Bréfritari: Malene Jensdóttir
Viðtakandi: Páll Pálsson
Dagsetning: A-1817-12-26
Skrifað á: Hallfreðarstöðum  N-Múl.

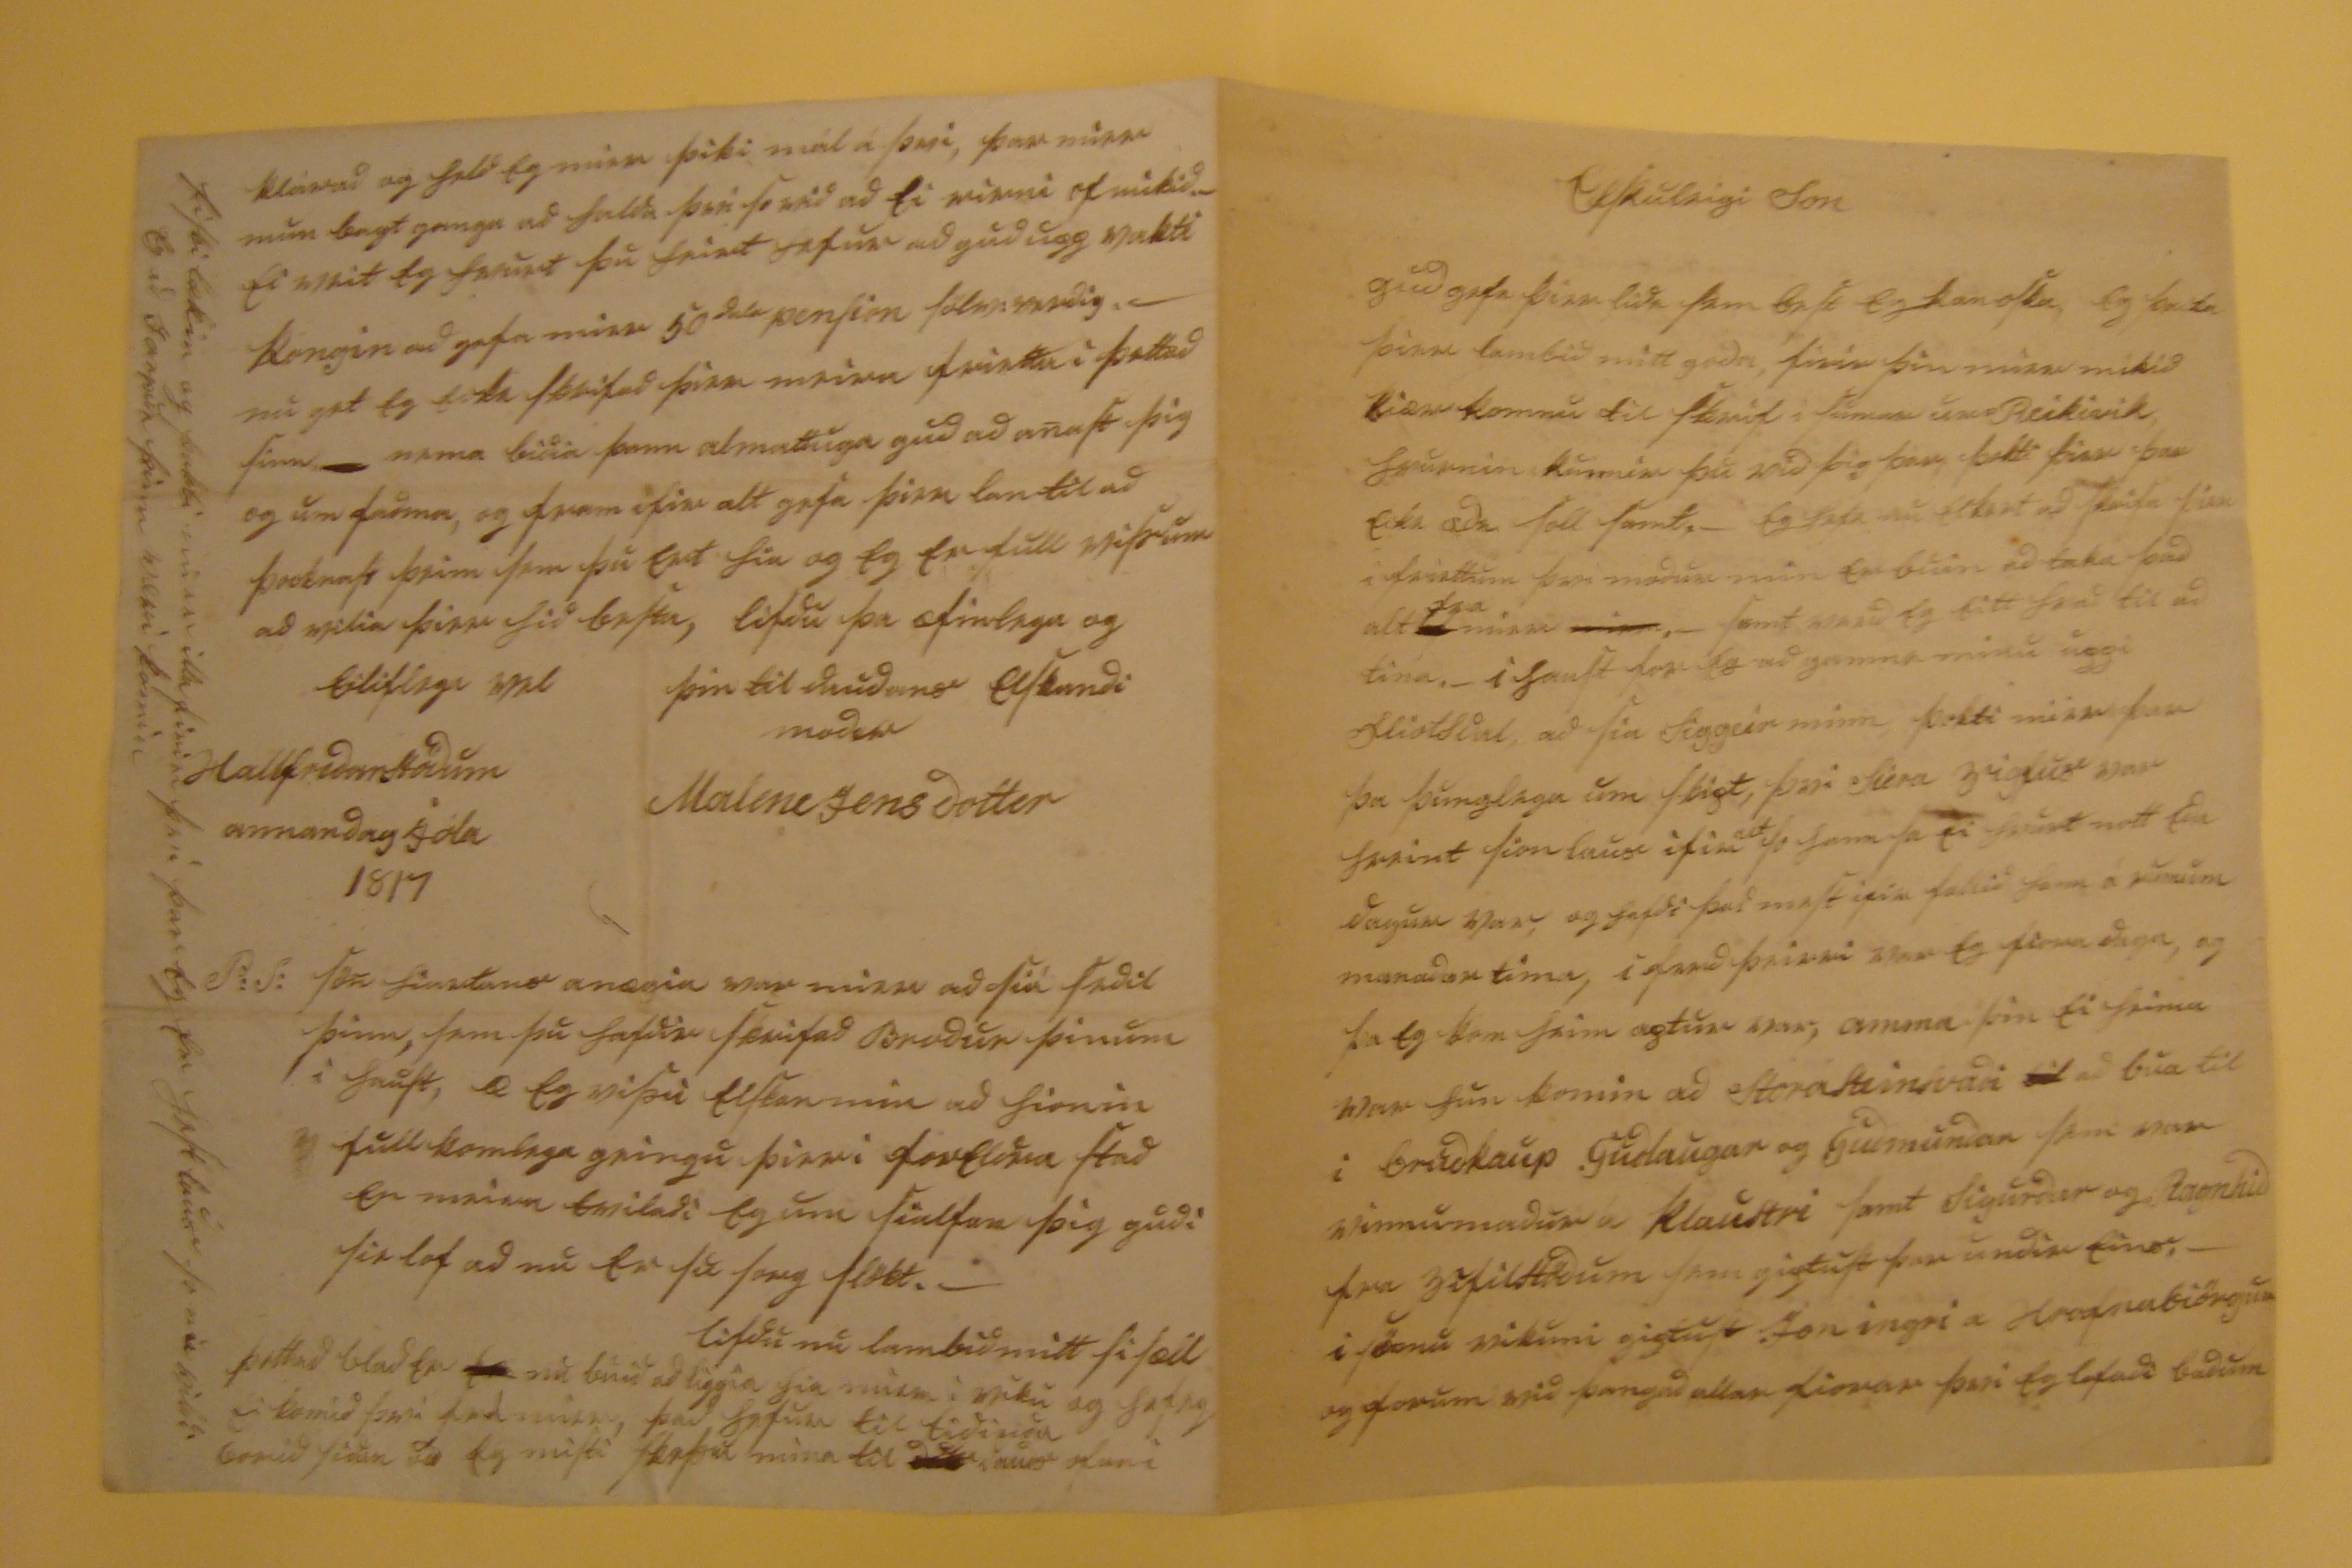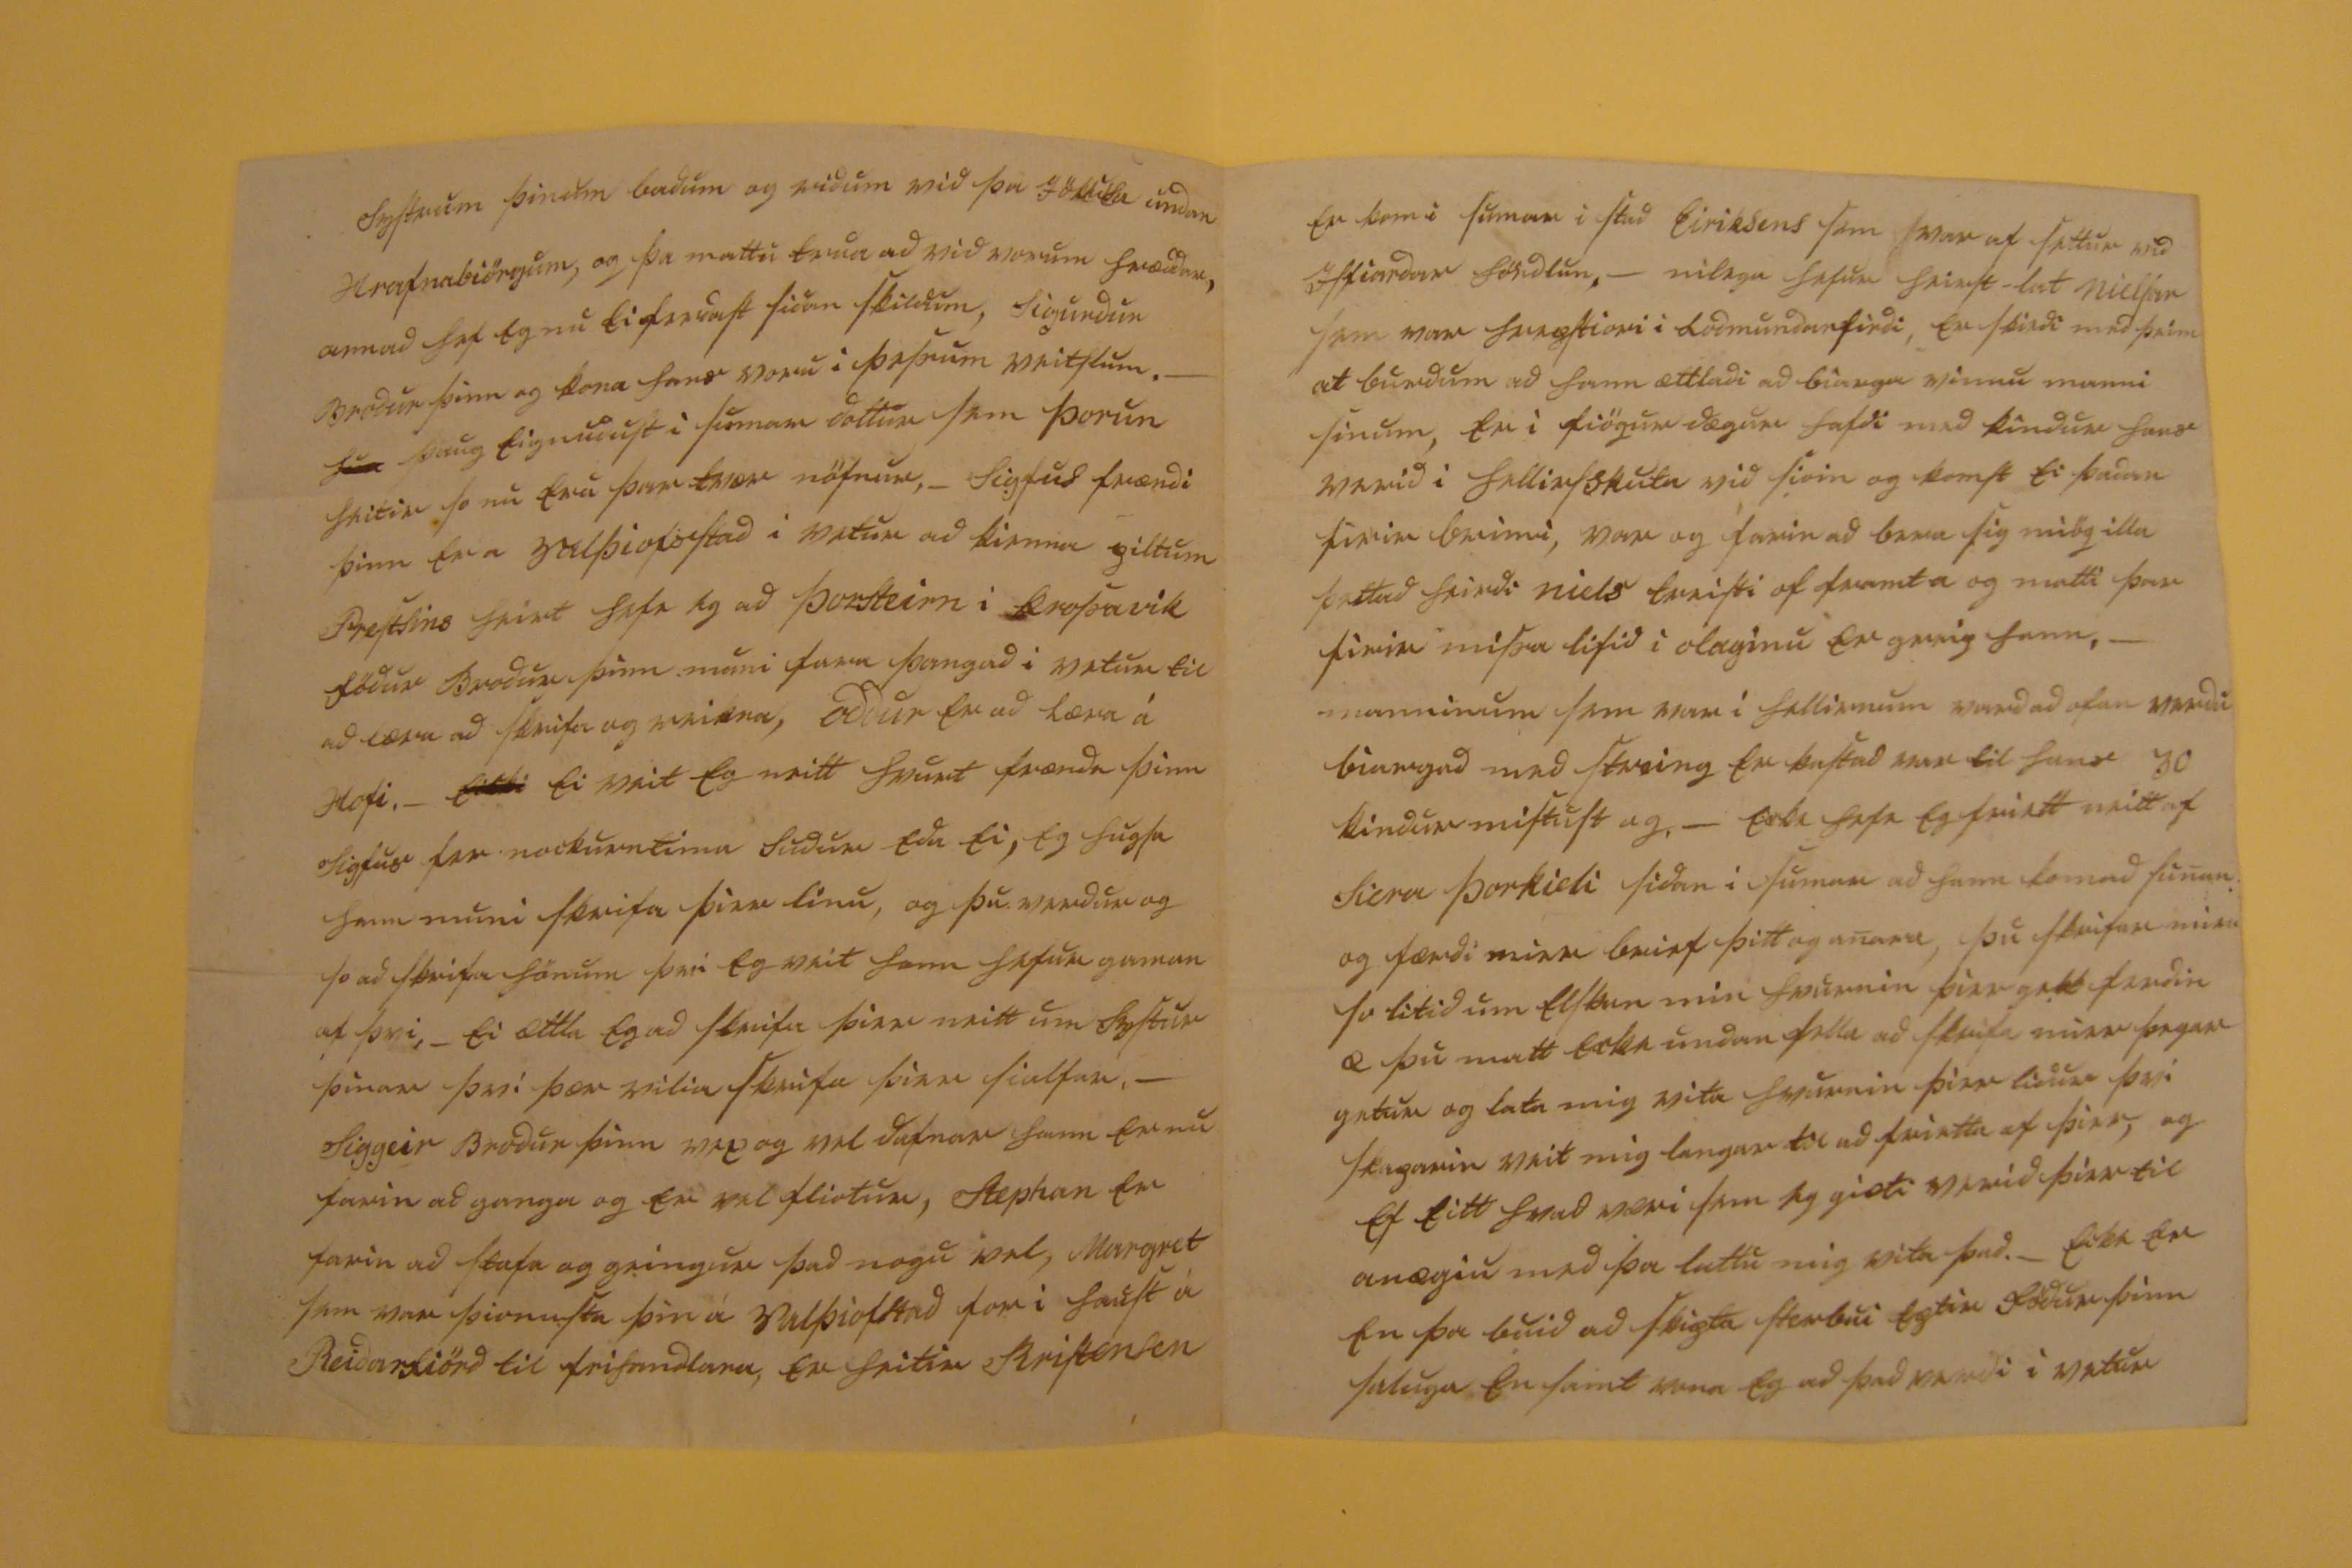

Elskuleigi Son
gud gefi þier lidi sem best eg kan oska eg þacka þier lambid mitt goda, firir þin mier mikið kiær komnu til skrif í sumar ur Reikivík hvurnin kunnir þu vid þig þar þotti þier þar ecki æði soll samt. - Eg hefi nu eckert að skrifa þier i friettum þvi modur min er buin að taka þad alt
00
fra
mier
mier
. - samt verd eg eitt hvad til að tina. - i haust for eg ad gamni mínu uppi fliotsdal, að sia Siggeir minn, þokti mier þar þa þunglega um skipt því Siera Vigfus var hreint sionlaus ifir
alt
so hann sa ei hvurt nott eda dagur var, og hafdi þad mest ifir fallid hann á rumum manadartíma, i ferd þeirri var eg fiora daga, og þa eg kom heim aptur var, amma þin ei heima var hun komin ad StoraSteinsvadi
til
ad bua til i brudkaup Gudlaugar og Guðmundar sem var vinnumadur á Klaustri samt Sigurdur og
Ragnheid
fra Vifilstödum sem giptust þar undir eins. _ i sömu vikuni giptust Jon ingri a Hrafnabiörgum og forum vid þangad allar fiorar þvi eg lofadi badum
systrum þinum badum og ridum við þa Jökula undan Hrafnabiörgum og þa mattu trua ad vid vorum hræddar, anna hef eg nú ei ferdast sidan skildum, Sigurdur Brodur þinn og kona hans voru i þessum veitslum. -
000
þaug eignudust i sumar dottur sem Þorun heitir so nú eru þar tvær nöfnur, - Sigfus frændi þinn er a Valþiofsstad i vetur ad kienna piltum Prestsins heirt hefi eg ad Þorsteirn i Krossavik födur Brodur þinn muni fara þangad i vetur til ad læra ad skrifa og reikna, oddur er ad læra á Hofi. _
eikki
ei veit eg neitt hvurt frændi þinn Sigfus for nockurntima Sudur eda ei, eg hugsa hann muni skrifa þier linu, og þu verdur og so ad skrifa hönum þvi eg veit hann hefur gaman af þvi, _ ei ættla eg ad skrifa þier neitt um systur þinar þvi þær vilia skrifa þier sialfar. _ Siggeir Brodur þinn vex og vel dafnar hann er nu farin að ganga og er vel fliotur, Stephan er farin að stafa og giengur það nogu vel, Margret sem var þionusta þin á Valþiofstad for i haust á Reidarfiörd til fríhandlara, er heitir Kristensen
er kom i sumar i stad Eiriksens sem var af settur við Isfiardar höndlun. _ nílega hefur heirst lat nielsar sem var hrepstiori i Lodmundarfirdi, er skeidi með þeim atburdum að hann ættladi ad biarga vinnu manni sinum, ed i fiögur dægur hafdi med kindur hans verid i hellirsskuta við sioin og komst ei þadan firir brimi, var og farin að bera sig miög illa þettad heirdi niels
treisti of
00000 og matti þar firir missa lifið i olaginu er greip hann, _ manninum sem var í hellirnum vard að ofan verdu biargad med streing er kastad var til hans 30 kindur mistust og. _ ecki hefi eg friett neitt af Siera Þorkieli sidan i sumar ad hann kom að sunan og færdi mier brief þitt og anara, þu skrifar mier so litid um elskan min hvurnin þier gekk ferdin æ þu matt ecki undan falla ad skrifa mier þegar getur og lata mig vita hvurnin þier lidur þvi skaparin veit mig langar til að frietta af þier, og ef eitt hvað væri sem eg giæti verid þier til anægiu med þa lattu mig vita þad. _ ecki er en þa buid að skipta sterbúi eptir födur þinn saluga en samt vona eg að þad verdi i vetur
klárað og held eg mier þiki mál á því, þar mier mun bagt ganga að halda þvi so vid ad ei vinni of mikid. _ ei veit eg hvurt þu heirt hefur að gud upp vakti kongin að gefa mier 50
dala
pension
sölu:vardig
. _ nu get eg ecki skrifad þier meiri friettir i þettad sinn nema bidia þann almattuga gud ad anast þig og um fadma, og fram ifir alt gefa þier lan til að þocknast þeim sem þu ert hia og eg er full viss um ad vilia þier hid besta, lifdu þa æfinlega og eiliflega vel
þin til daudans elskandi modir
Malene Jensdottir
Hallfredarstödum annandag jóla 1817
P:S: sön hiartans anægia var mier að sia sedil þinn, sem þu hafdid skrifad Brodur þinum í haust, æ eg vissi elskan min ad hionin fullkomlega geingu þier i foreldra stað en meira tviladi eg um sjalfan þig gudi sie lof að nu er su sorg slökt. -
lifdu nu lambid mitt sisæll
þettad blad er
er
nu buid að liggia hia mier i viku
hef eg
ei komid þvi frá mier, þad hefur til tidinda borið sidan ad eg misti
skessu
mina til
0000
0000 ofan i
fiski lækin og þokti mier illa firir því þar eg er hest laus so nu vildi eg að Jarpur þinn væri komin